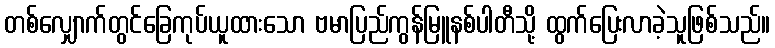
တစ်လျှောက်တွင်ခြေကုပ်ယူထားသော ဗမာပြည်ကွန်မြူနစ်ပါတီသို့ ထွက်ပြေးလာခဲ့သူဖြစ်သည်။